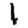
Digit: 1